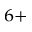
^ { 6 + }